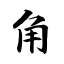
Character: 角